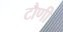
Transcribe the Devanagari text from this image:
टौणी